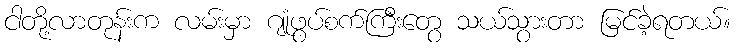
ငါတို့လာတုန်းက လမ်းမှာ ဂျုံဖွပ်စက်ကြီးတွေ သယ်သွားတာ မြင်ခဲ့ရတယ်။